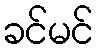
ခင်မင်